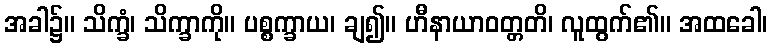
အခါ၌။ သိက္ခံ၊ သိက္ခာကို။ ပစ္စက္ခာယ၊ ချ၍။ ဟီနာယာဝတ္တတိ၊ လူထွက်၏။ အထခေါ၊